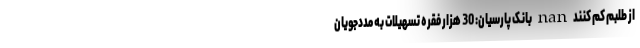
از طلبم کم کنند nan بانک پارسیان: 30 هزار فقره تسهیلات به مددجویان